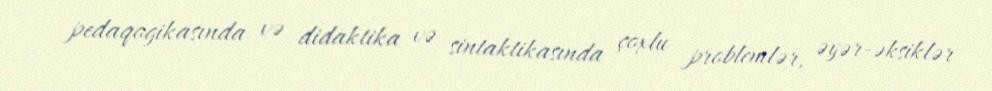
pedaqogikasında və didaktika və sintaktikasında çoxlu problemlər, əyər-əksiklər